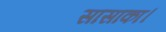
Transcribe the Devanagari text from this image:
सासाका।